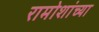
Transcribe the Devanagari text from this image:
रामोशांच्या